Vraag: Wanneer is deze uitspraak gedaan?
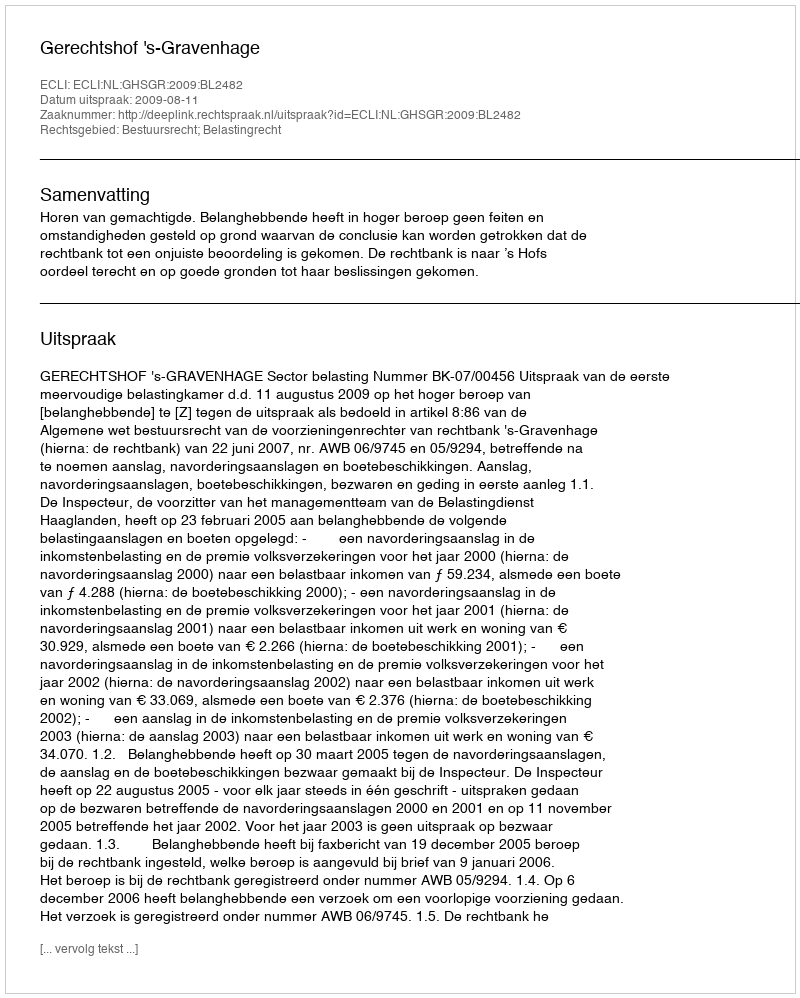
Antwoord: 2009-08-11